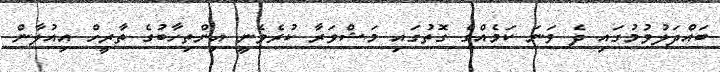
ބައްދަލުވުމުގައި ދެ ވަނަ ކަމެއްގެ ގޮތުގައި މަޝްވަރާ ކުރެވެނީ އިންތިހާބުގެ ތާރީހް އިއުލާން